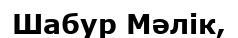
Шабур Мәлік,